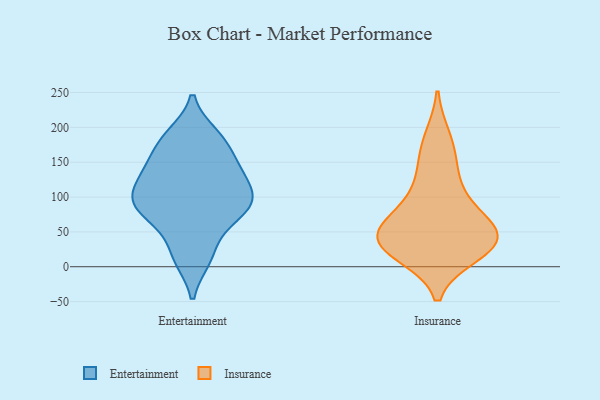
{"axis": {"x": "Market Share (%)", "y": "Value"}, "legend": ["Entertainment", "Insurance"], "data": [{"x": "", "y": 40, "type": "Entertainment"}, {"x": "", "y": 89, "type": "Entertainment"}, {"x": "", "y": 106, "type": "Entertainment"}, {"x": "", "y": 180, "type": "Entertainment"}, {"x": "", "y": 104, "type": "Entertainment"}, {"x": "", "y": 97, "type": "Entertainment"}, {"x": "", "y": 138, "type": "Entertainment"}, {"x": "", "y": 133, "type": "Entertainment"}, {"x": "", "y": 127, "type": "Entertainment"}, {"x": "", "y": 71, "type": "Entertainment"}, {"x": "", "y": 11, "type": "Entertainment"}, {"x": "", "y": 88, "type": "Entertainment"}, {"x": "", "y": 187, "type": "Entertainment"}, {"x": "", "y": 11, "type": "Entertainment"}, {"x": "", "y": 86, "type": "Entertainment"}, {"x": "", "y": 74, "type": "Entertainment"}, {"x": "", "y": 161, "type": "Entertainment"}, {"x": "", "y": 189, "type": "Entertainment"}, {"x": "", "y": 144, "type": "Entertainment"}, {"x": "", "y": 19, "type": "Insurance"}, {"x": "", "y": 117, "type": "Insurance"}, {"x": "", "y": 38, "type": "Insurance"}, {"x": "", "y": 57, "type": "Insurance"}, {"x": "", "y": 65, "type": "Insurance"}, {"x": "", "y": 90, "type": "Insurance"}, {"x": "", "y": 35, "type": "Insurance"}, {"x": "", "y": 47, "type": "Insurance"}, {"x": "", "y": 31, "type": "Insurance"}, {"x": "", "y": 153, "type": "Insurance"}, {"x": "", "y": 184, "type": "Insurance"}, {"x": "", "y": 28, "type": "Insurance"}]}